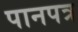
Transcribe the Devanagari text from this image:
पानपत्र